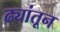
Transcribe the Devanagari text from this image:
ढ्यांतून